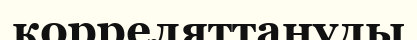
корреляттануды